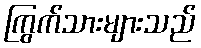
ကြွက်သားများသည်